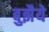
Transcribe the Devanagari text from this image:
बुझैये